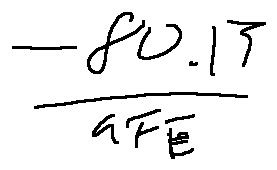
\frac { - 8 0 . 1 Y } { a F E }